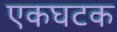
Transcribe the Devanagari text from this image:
एकघटक